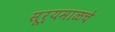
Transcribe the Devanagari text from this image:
सूर्यमाळचे